Vaccination in Burma 1920-1933 - 1920-1933
Year: 1920
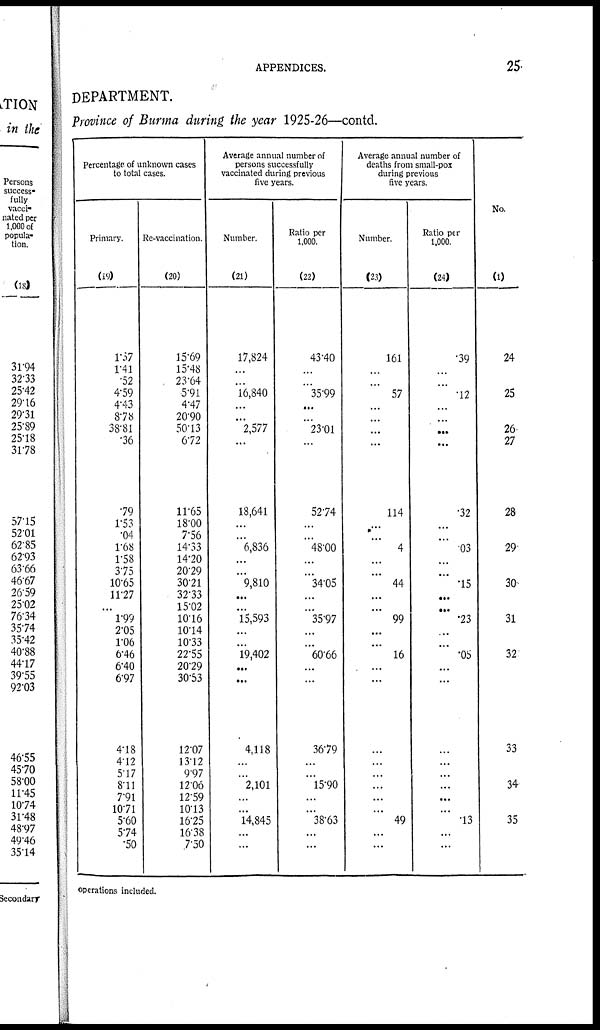
APPENDICES.
25
DEPARTMENT.
Province of Burma during the year 1925-26—contd.
Percentage of unknown cases
to total cases.
Primary.
(19)
1.57
1.41
.52
4.59
4.43
8.78
38.81
.36
.79
1.53
.04
1.68
1.58
3.75
10.65
11.27
...
1.99
2.05
1.06
6.46
6.40
6.97
4.18
4.12
5.7
8.11
7.91
10.71
5.60
5.74
.50
Re-vaccination.
(20)
15.69
15.48
23.64
5.91
4.47
20.90
50.13
6.72
11.65
18.00
7.56
14.33
14.20
20.29
30.21
32.33
15.02
10.16
10.14
10.33
22.55
20.29
30.53
12.07
13.12
9.7
12.06
12.59
10.13
16.25
16.38
7.50
Average annual number of
persons successfully
vaccinated during previous
five years.
Number.
(21)
17,824
...
...
16,840
...
...
2,577
...
18,641
...
...
6,836
...
...
9,810
...
...
15,593
...
...
19,402
...
...
4,118
...
...
2,101
...
...
14,845
...
...
Ratio per
1.000.
(22)
43.40
...
...
35.99
...
...
23.01
...
52.74
...
...
48.00
...
...
34.05
...
...
35.97
...
...
60.66
...
...
36.79
...
...
15.90
...
...
38.63
...
...
Average annual number of
deaths from small-pox
during previous
five years.
Number.
(23)
161
...
...
57
...
...
...
...
114
...
...
4
...
...
44
...
...
99
...
...
16
...
...
...
...
...
...
...
...
49
...
...
Ratio per
1.000.
(24)
.39
...
...
12
...
...
...
...
.32
...
...
03
...
...
.15
...
...
.23
...
...
.05
...
...
...
...
...
...
...
...
.13
...
...
No.
(1)
24
25
26
27
28
29
30
31
32
33
34
35
operations included.